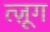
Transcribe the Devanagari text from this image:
त्ज़ूग